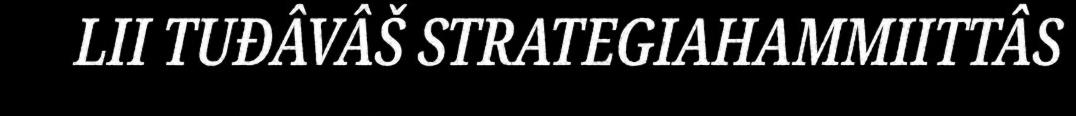
LII TUĐÂVÂŠ STRATEGIAHAMMIITTÂS